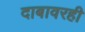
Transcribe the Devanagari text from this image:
दाबावरही